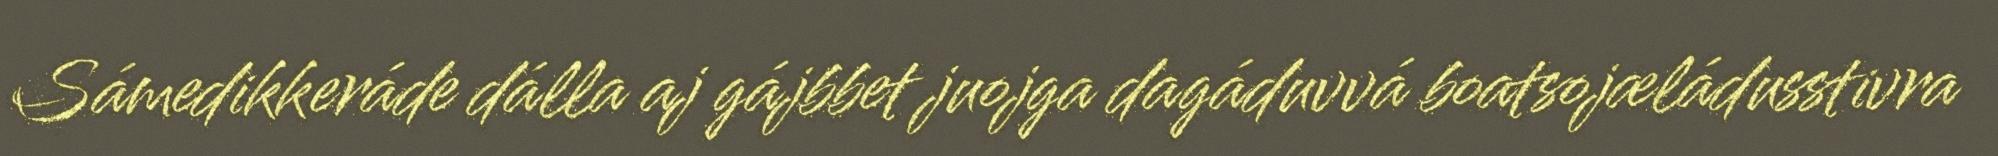
Sámedikkeráde dálla aj gájbbet juojga dagáduvvá boatsojæládusstivra